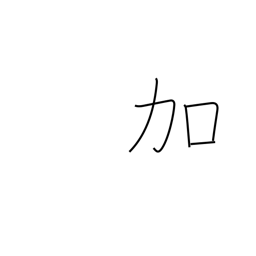
Meaning: addition